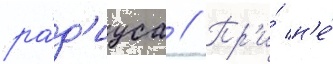
ра́д'иуса // Пр'и́ н'е́